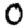
Digit: 0